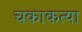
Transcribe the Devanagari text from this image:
चकाकत्या